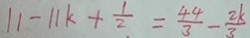
1 1 - 1 1 k + \frac { 1 } { 2 } = \frac { 4 4 } { 3 } - \frac { 2 k } { 3 }